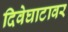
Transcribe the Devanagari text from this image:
दिवेघाटावर